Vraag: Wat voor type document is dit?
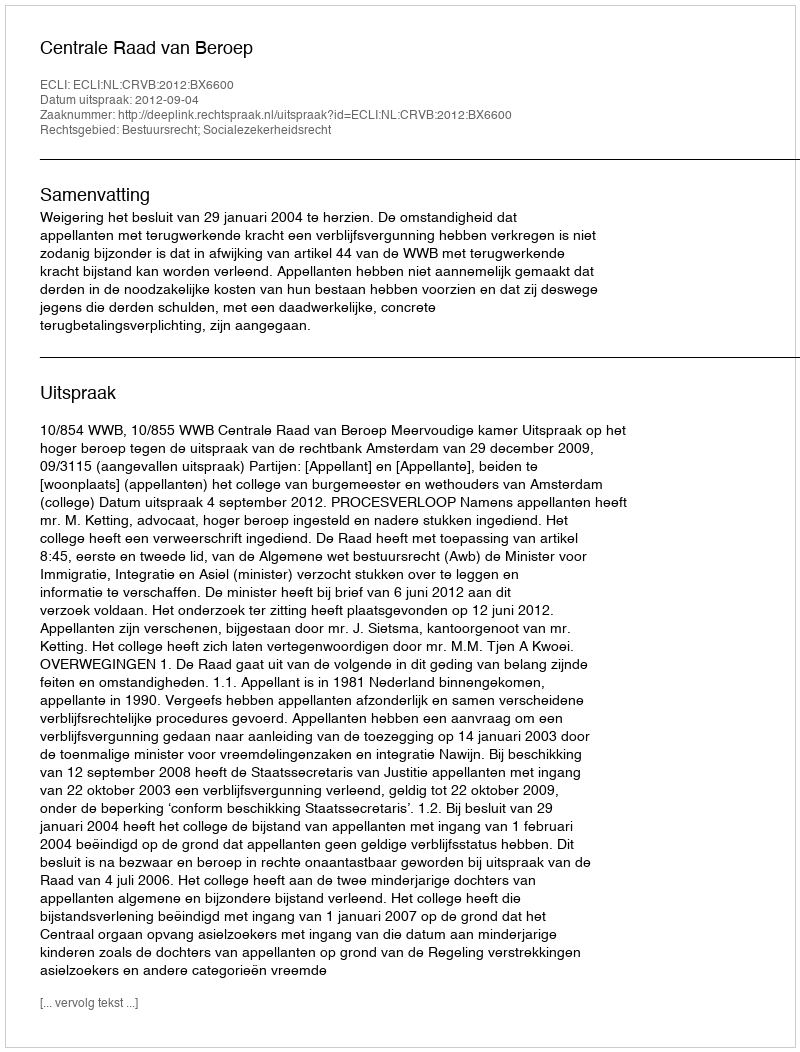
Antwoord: Uitspraak